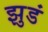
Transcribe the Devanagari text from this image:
झुडं